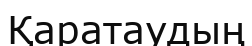
Қаратаудың